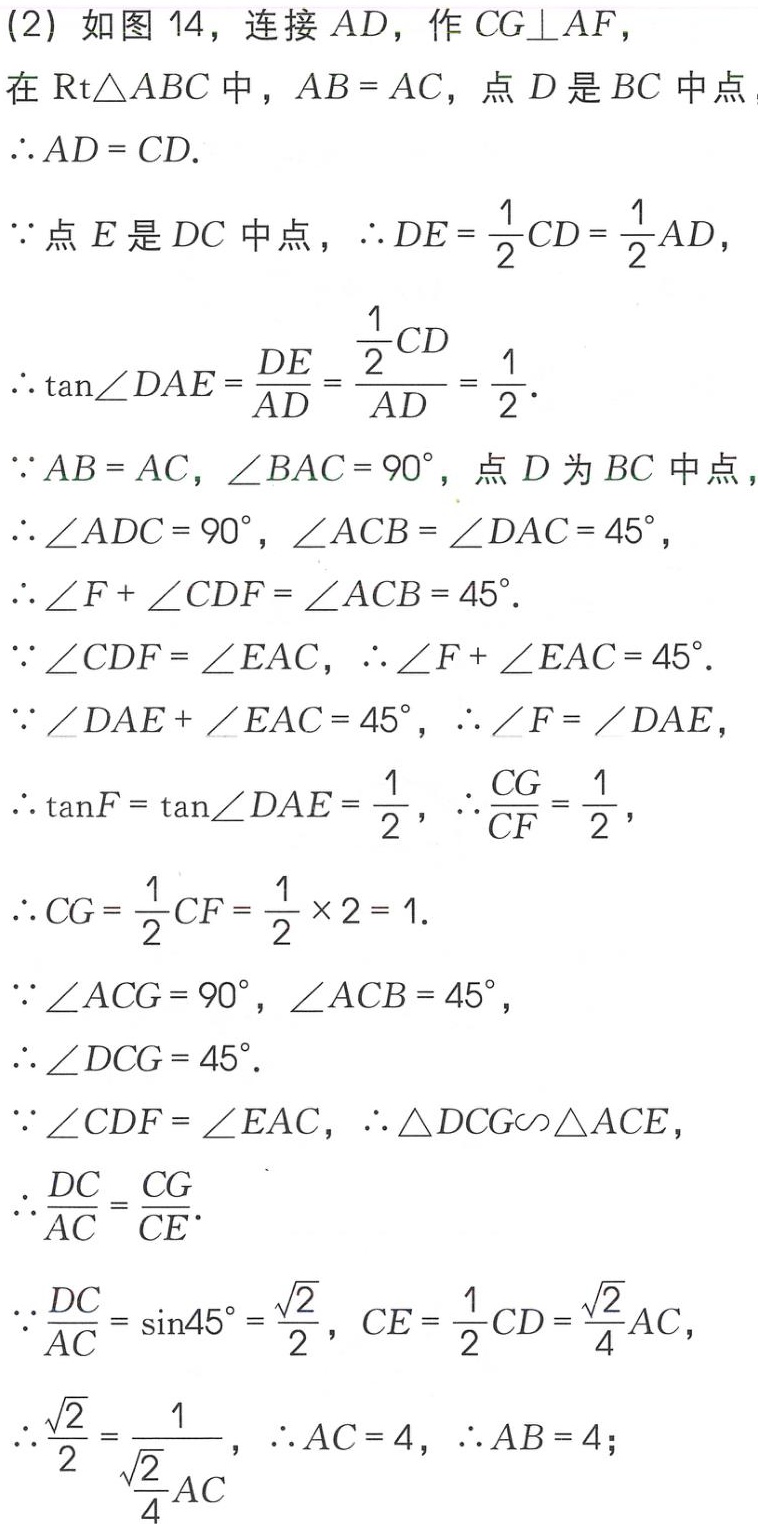
(2) 如图 14，连接 \(AD\)，作 \(CG\perp AF\)，
在 \(\text{Rt}\triangle ABC\) 中，\(AB = AC\)，点 \(D\) 是 \(BC\) 中点，
\(\therefore AD = CD\).
\(\because\) 点 \(E\) 是 \(DC\) 中点，\(\therefore DE=\frac{1}{2}CD = \frac{1}{2}AD\)，
\(\therefore \tan\angle DAE=\frac{DE}{AD}=\frac{\frac{1}{2}CD}{AD}=\frac{1}{2}\).
\(\because AB = AC\)，\(\angle BAC = 90^{\circ}\)，点 \(D\) 为 \(BC\) 中点，
\(\therefore \angle ADC = 90^{\circ}\)，\(\angle ACB=\angle DAC = 45^{\circ}\)，
\(\therefore \angle F+\angle CDF=\angle ACB = 45^{\circ}\).
\(\because \angle CDF=\angle EAC\)，\(\therefore \angle F+\angle EAC = 45^{\circ}\).
\(\because \angle DAE+\angle EAC = 45^{\circ}\)，\(\therefore \angle F=\angle DAE\)，
\(\therefore \tan F=\tan\angle DAE=\frac{1}{2}\)，\(\therefore \frac{CG}{CF}=\frac{1}{2}\)，
\(\therefore CG=\frac{1}{2}CF=\frac{1}{2}\times2 = 1\).
\(\because \angle ACG = 90^{\circ}\)，\(\angle ACB = 45^{\circ}\)，
\(\therefore \angle DCG = 45^{\circ}\).
\(\because \angle CDF=\angle EAC\)，\(\therefore \triangle DCG\sim\triangle ACE\)，
\(\therefore \frac{DC}{AC}=\frac{CG}{CE}\).
\(\because \frac{DC}{AC}=\sin45^{\circ}=\frac{\sqrt{2}}{2}\)，\(CE=\frac{1}{2}CD=\frac{\sqrt{2}}{4}AC\)，
\(\therefore \frac{\sqrt{2}}{2}=\frac{1}{\frac{\sqrt{2}}{4}AC}\)，\(\therefore AC = 4\)，\(\therefore AB = 4\);